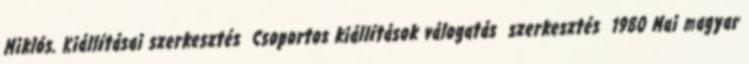
Miklós. Kiállításai szerkesztés Csoportos kiállítások válogatás szerkesztés 1980 Mai magyar